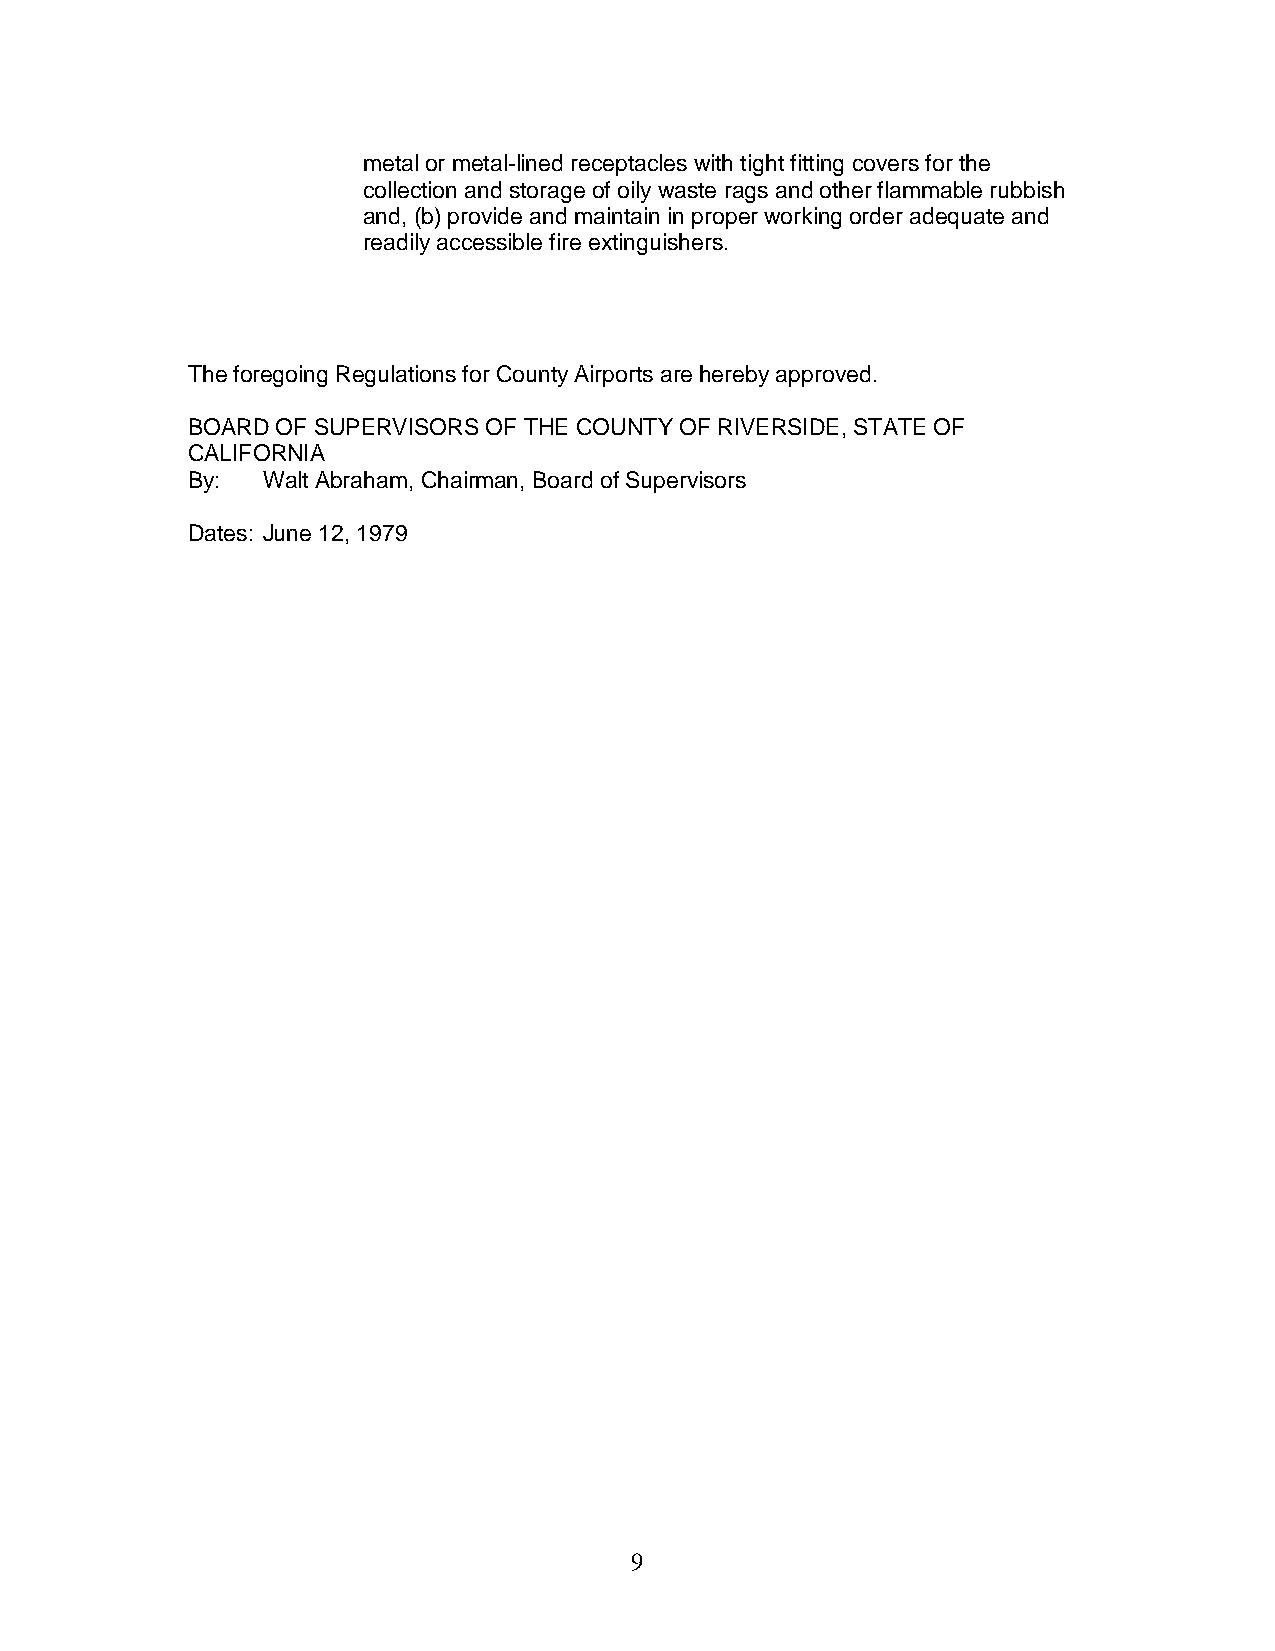
metal or metal-lined receptacles with tight fitting covers for the
 collection and storage of oily waste rags and other flammable rubbish
 and, (b) provide and maintain in proper working order adequate and
 readily accessible fire extinguishers.
 The foregoing Regulations for County Airports are hereby approved.
 BOARD OF SUPERVISORS OF THE COUNTY OF RIVERSIDE, STATE OF
 CALIFORNIA
 By:  Walt Abraham, Chairman, Board of Supervisors
 Dates: June 12, 1979
 9